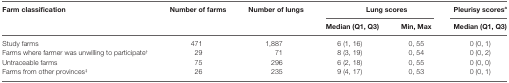
| <ROWSPAN=2> Farm classification | <ROWSPAN=2> Number of farms | <ROWSPAN=2> Number of lungs | <COLSPAN=2> Lung scores | Pleurisy scoresa |
 | Median (Q1, Q3) | Min, Max | Median (Q1, Q3) |
 | --- | --- | --- | --- | --- | --- |
 | Study farms | 471 | 1,887 | 6 (1, 16) | 0, 55 | 0 (0, 1) |
 | Farms where farmer was unwilling to participate† | 29 | 71 | 8 (3, 19) | 0, 54 | 0 (0, 2) |
 | Untraceable farms | 75 | 296 | 6 (2, 18) | 0, 55 | 0 (0, 0) |
 | Farms from other provinces‡ | 26 | 235 | 9 (4, 17) | 0, 53 | 0 (0, 1) |